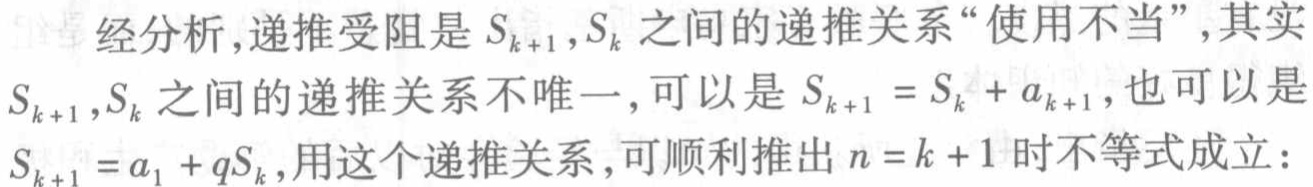
经分析,递推受阻是\(S_{k + 1},S_{k}\)之间的递推关系“使用不当”,其实\(S_{k + 1},S_{k}\)之间的递推关系不唯一,可以是\(S_{k + 1} = S_{k} + a_{k + 1}\),也可以是\(S_{k + 1} = a_{1} + qS_{k}\),用这个递推关系,可顺利推出\(n = k + 1\)时不等式成立: